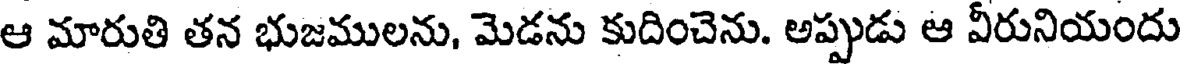
ఆ మారుతి తన భుజములను, మెడను కుదించెను. అప్పుడు ఆ వీరునియందు